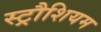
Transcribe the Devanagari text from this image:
स्ट्रौशियम